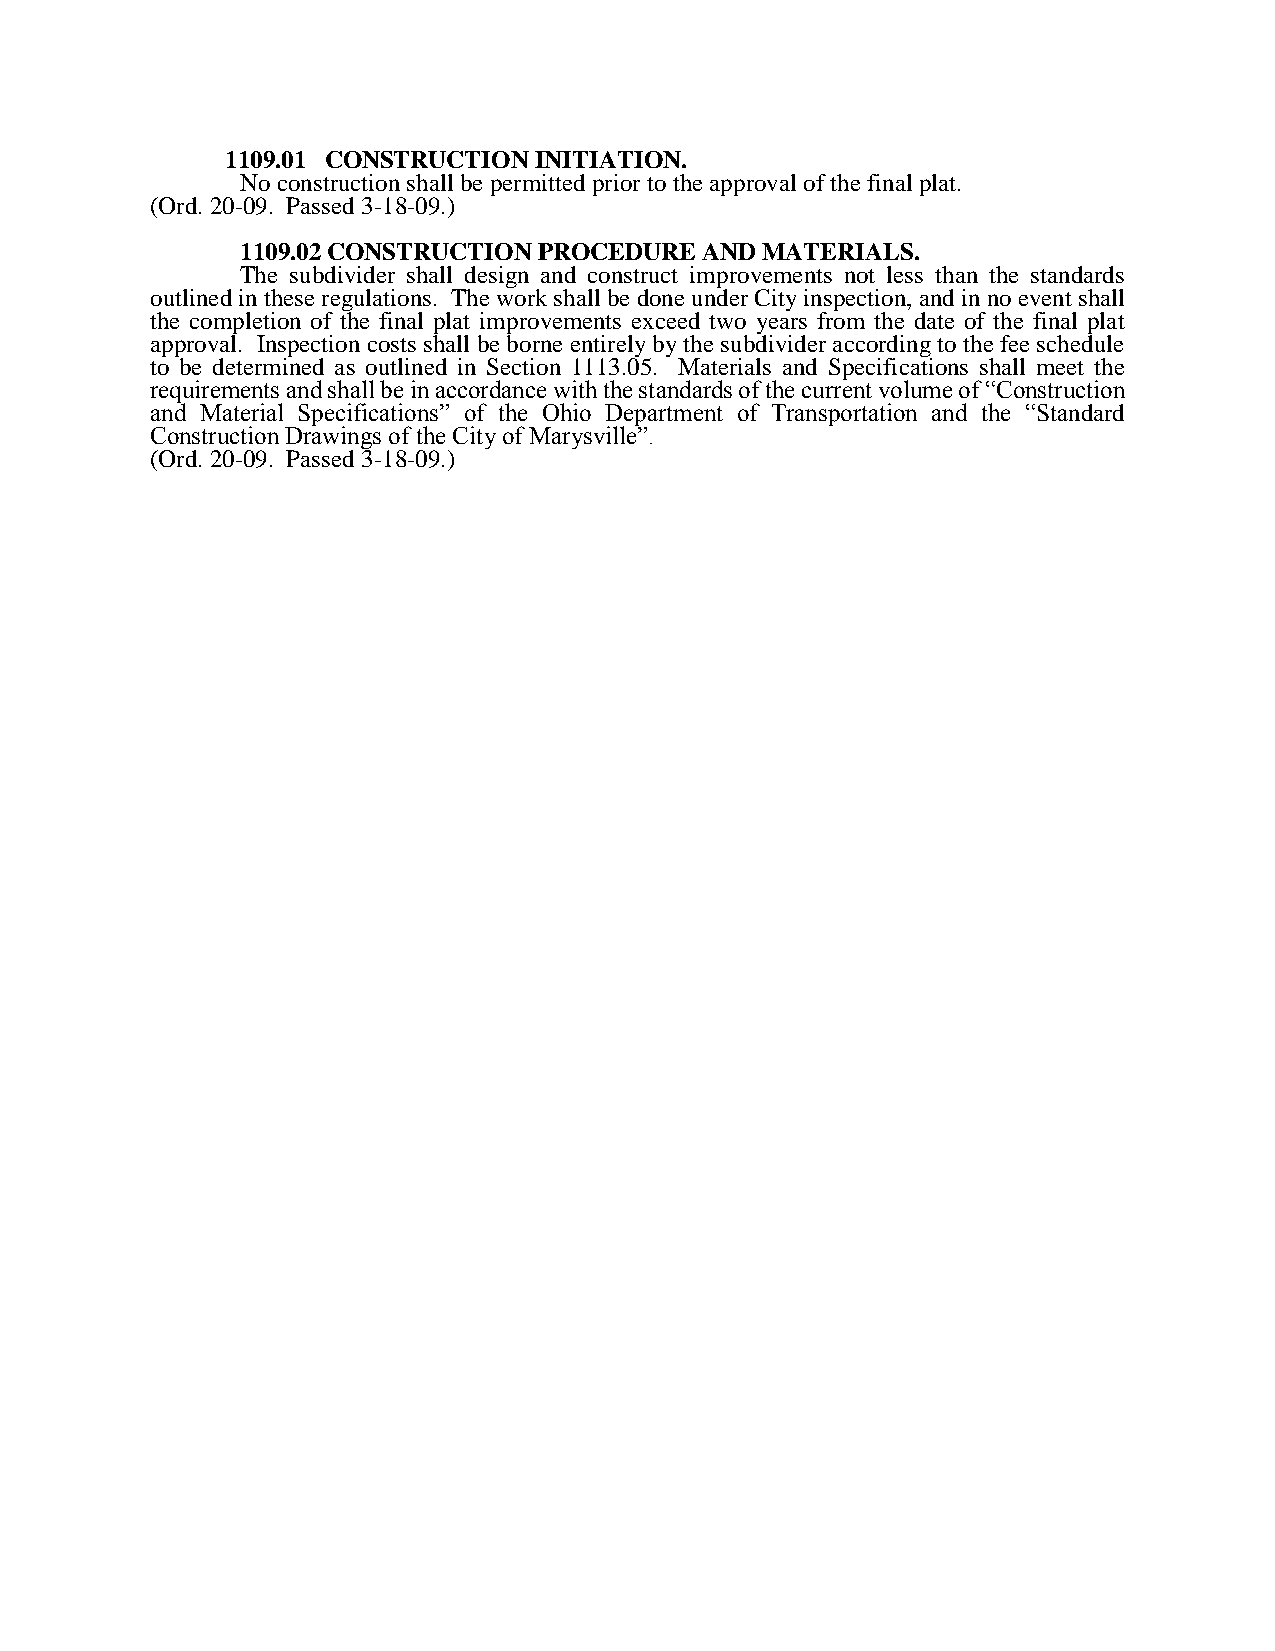
1109.01 CONSTRUCTION INITIATION.
 No construction shall be permitted prior to the approval of the final plat.
 (Ord. 20-09. Passed 3-18-09.)
 1109.02 CONSTRUCTION PROCEDURE AND MATERIALS.
 The subdivider shall design and construct improvements not less than the standards
 outlined in these regulations. The work shall be done under City inspection, and in no event shall
 the completion of the final plat improvements exceed two years from the date of the final plat
 approval. Inspection costs shall be borne entirely by the subdivider according to the fee schedule
 to be determined as outlined in Section 1113.05. Materials and Specifications shall meet the
 requirements and shall be in accordance with the standards of the current volume of “Construction
 and Material Specifications” of the Ohio Department of Transportation and the “Standard
 Construction Drawings of the City of Marysville”.
 (Ord. 20-09. Passed 3-18-09.)